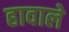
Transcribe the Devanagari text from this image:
हावाले